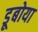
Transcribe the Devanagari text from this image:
डूबोया